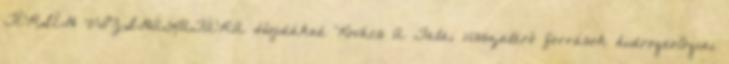
TÉRSÉG VIZSGÁLATÁRA Hojdákné Kovács A Tatai visszatérő források hidrogeológiai